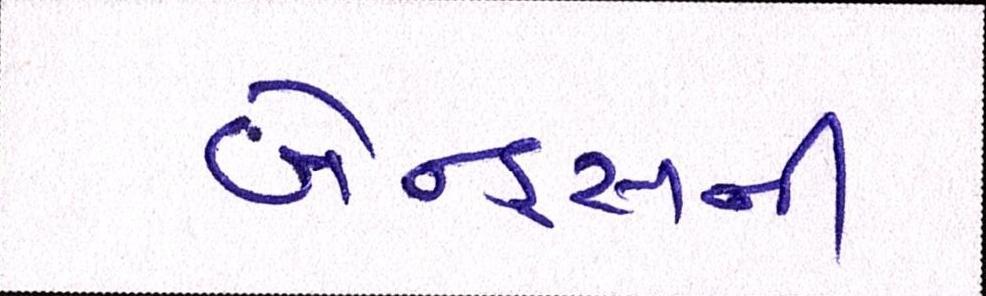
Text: બેન્ડ્સની